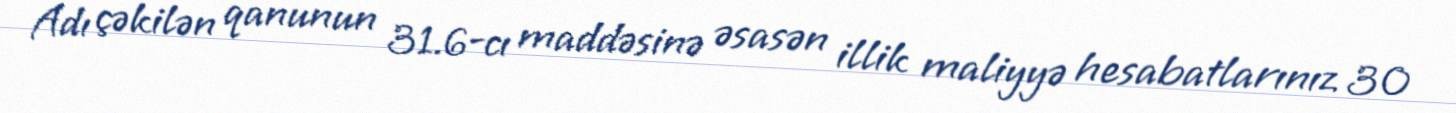
Adı çəkilən qanunun 31.6-cı maddəsinə əsasən illik maliyyə hesabatlarınız 30